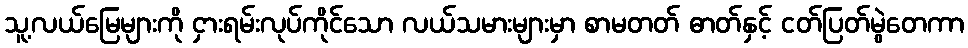
သူ့လယ်မြေများကို ငှားရမ်းလုပ်ကိုင်သော လယ်သမားများမှာ စာမတတ် ဓာတ်နှင့် ငတ်ပြတ်မွဲတေကာ